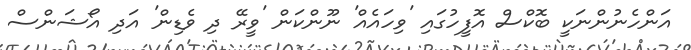
އަންހެނުންނަކީ ބޮކްސް އޮފީހުގައި 'ވިހައެއް' ނޫންކަން 'ވީރޭ ދި ވެޑިން' އަދި އޯޝަންސް